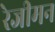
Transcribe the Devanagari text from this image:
रेजीमन